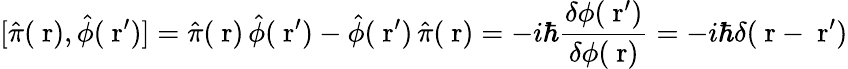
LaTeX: [\hat{\pi}(\mathrm{\mathbf~r}),\hat{\phi}(\mathrm{\mathbf~r}^{\prime})]=\hat{\pi}(\mathrm{\mathbf~r})\, \hat{\phi}(\mathrm{\mathbf~r}^{\prime})-\hat{\phi}(\mathrm{\mathbf~r}^{\prime})\, \hat{\pi}(\mathrm{\mathbf~r})=-i\hbar\frac{\delta\phi(\mathrm{\mathbf~r}^{\prime})}{\delta\phi(\mathrm{\mathbf~r})}=-i\hbar\delta(\mathrm{\mathbf~r}-\mathrm{\mathbf~r}^{\prime})